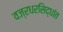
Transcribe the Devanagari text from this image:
वज्रधरसिद्धांत